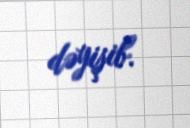
dəyişib.